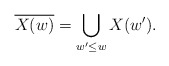
\begin{align*} \overline{X(w)}=\bigcup_{w'\leq w} X(w'). \end{align*}